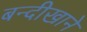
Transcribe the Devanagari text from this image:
बन्दीखाने